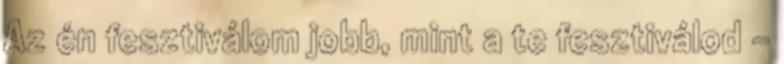
Az én fesztiválom jobb, mint a te fesztiválod –